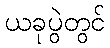
ယခုပွဲတွင်